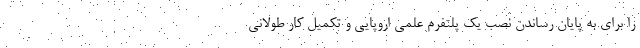
را برای به پایان رساندن نصب یک پلتفرم علمی اروپایی و تکمیل کار طولانی